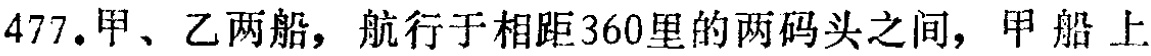
477.甲、乙两船，航行于相距360里的两码头之间，甲船上